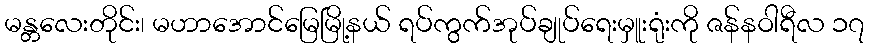
မန္တလေးတိုင်း၊ မဟာအောင်မြေမြို့နယ် ရပ်ကွက်အုပ်ချုပ်ရေးမှူးရုံးကို ဇန်နဝါရီလ ၁၇